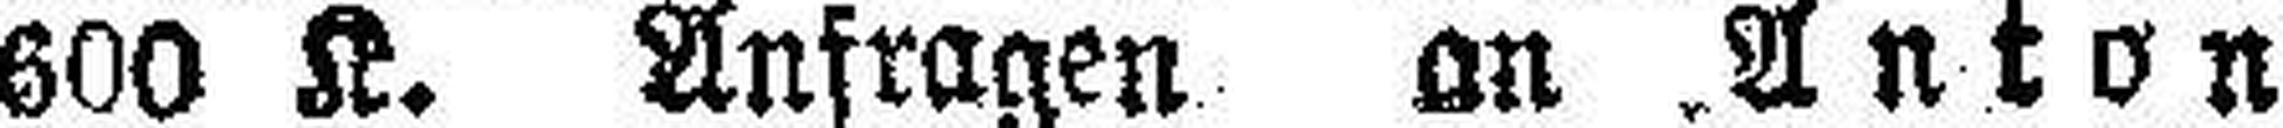
600 K. Anfragen an Anton